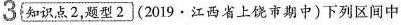
3{知识点2，题型2](2019·江西省上饶市期中)下列区间中